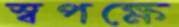
স্বপক্ষে